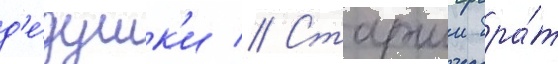
д'е́душк'и // Старшии бра́т